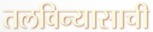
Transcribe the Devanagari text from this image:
तलविन्यासाची